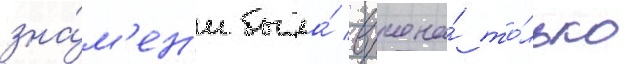
зна́м'ен'и была́ вручена́ то́лько